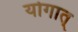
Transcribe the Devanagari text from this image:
योगात्